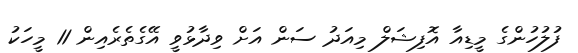
ފުލުހުންގެ މީޑިއާ އޮފިޝަލް މިއަދު ސަން އަށް ވިދާޅުވީ އޭގެތެރެއިން 11 މީހަކު